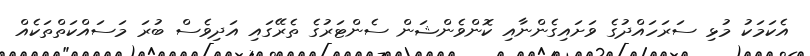
އެކަމަކު މުޅި ސަރަހައްދުގެ ވަށައިގެންނާއި ކޮންވެންޝަން ސެންޓަރުގެ ތެރޭގައި އަދިވެސް ބުރަ މަސައްކަތްތަކެއް